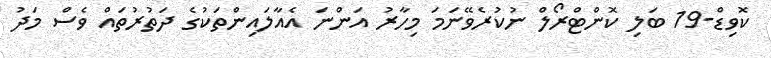
ކޮވިޑް-19 ބަލި ކޮންޓްރޯލް ނުކުރެވޭނަމަ މިހާރު އަންނަ އެއާލައިންތަކުގެ ދަތުރުތައް ވެސް މަދު